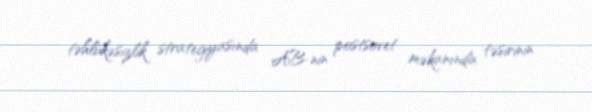
təhlükəsizlik strategiyasında AB-nin postsovet məkanında təsirinin